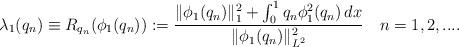
LaTeX: \begin{align*}\lambda_1(q_n)\equiv R_{q_n}(\phi_1(q_n)):=\frac{\|\phi_1(q_n)\|_1^2+\int_0^1q_n\phi_1^2(q_n)\,dx}{\|\phi_1(q_n)\|_{L^2}^2}~~~n=1,2,....\end{align*}